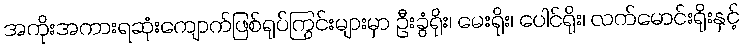
အကိုးအကားရဆုံးကျောက်ဖြစ်ရုပ်ကြွင်းများမှာ ဦးခွံရိုး၊ မေးရိုး၊ ပေါင်ရိုး၊ လက်မောင်းရိုးနှင့်